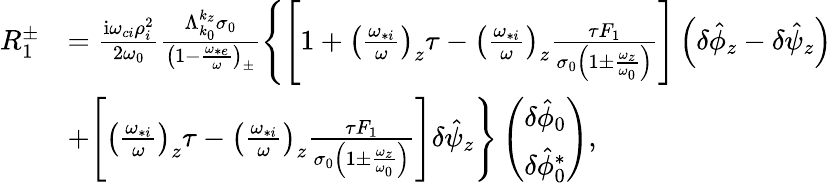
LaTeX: \begin{array}{rl}{R_{1}^{\pm}}&{=\frac{\mathrm{i}\omega_{ci}\rho_{i}^{2}}{2\omega_{0}}\frac{\Lambda_{k_{0}}^{k_{z}}\sigma_{0}}{\left(1-\frac{\omega_{*e}}{\omega}\right)_{\pm}}\Bigg\{ \Bigg[1+\left(\frac{\omega_{*i}}{\omega}\right)_{z}\tau-\left(\frac{\omega_{*i}}{\omega}\right)_{z}\frac{\tau F_{1}}{\sigma_{0}\left(1\pm\frac{\omega_{z}}{\omega_{0}}\right)}\Bigg]\left(\delta\hat{\phi}_{z}-\delta\hat{\psi}_{z}\right)}\\ &{+\Bigg[\left(\frac{\omega_{*i}}{\omega}\right)_{z}\tau-\left(\frac{\omega_{*i}}{\omega}\right)_{z}\frac{\tau F_{1}}{\sigma_{0}\left(1\pm\frac{\omega_{z}}{\omega_{0}}\right)}\Bigg]\delta\hat{\psi}_{z}\Bigg\} \left(\begin{array}{c}{\delta\hat{\phi}_{0}}\\ {\delta\hat{\phi}_{0}^{*}}\end{array}\right),}\end{array}